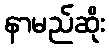
နာမည်ဆိုး